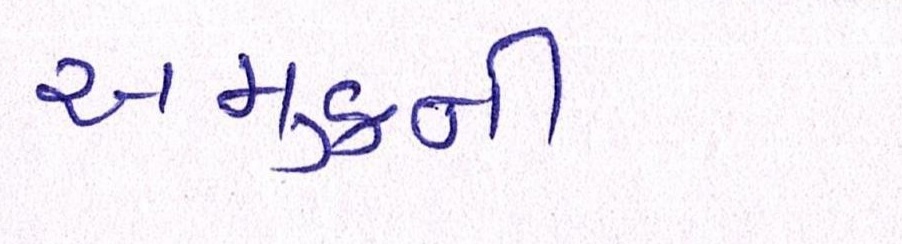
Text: અમુકની